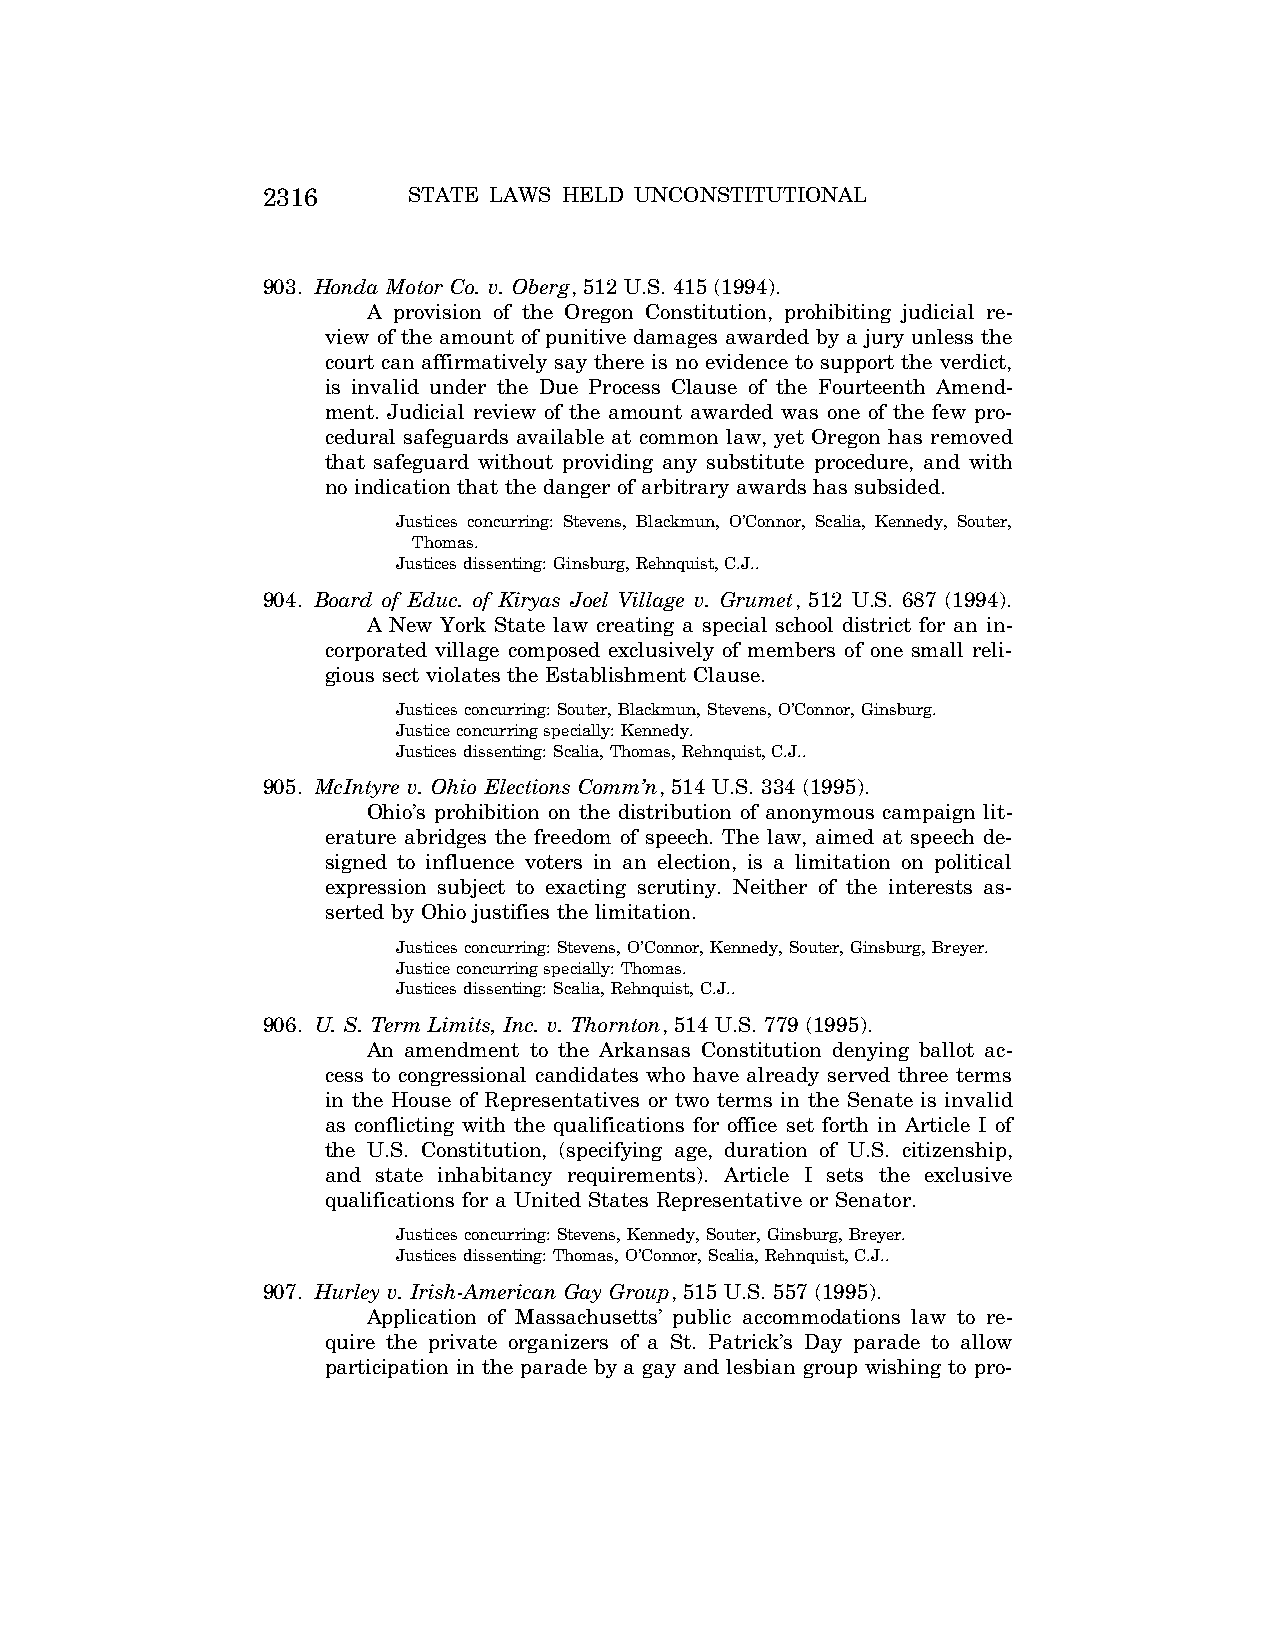
2316      STATE LAWS HELD UNCONSTITUTIONAL
 903. Honda Motor Co. v. Oberg, 512 U.S. 415 (1994).
 A provision of the Oregon Constitution, prohibiting judicial re-
 view of the amount of punitive damages awarded by a jury unless the
 court can affirmatively say there is no evidence to support the verdict,
 is invalid under the Due Process Clause of the Fourteenth Amend-
 ment. Judicial review of the amount awarded was one of the few pro-
 cedural safeguards available at common law, yet Oregon has removed
 that safeguard without providing any substitute procedure, and with
 no indication that the danger of arbitrary awards has subsided.
 Justices concurring: Stevens, Blackmun, O’Connor, Scalia, Kennedy, Souter,
 Thomas.
 Justices dissenting: Ginsburg, Rehnquist, C.J..
 904. Board of Educ. of Kiryas Joel Village v. Grumet, 512 U.S. 687 (1994).
 A New York State law creating a special school district for an in-
 corporated village composed exclusively of members of one small reli-
 gious sect violates the Establishment Clause.
 Justices concurring: Souter, Blackmun, Stevens, O’Connor, Ginsburg.
 Justice concurring specially: Kennedy.
 Justices dissenting: Scalia, Thomas, Rehnquist, C.J..
 905. McIntyre v. Ohio Elections Comm’n, 514 U.S. 334 (1995).
 Ohio’s prohibition on the distribution of anonymous campaign lit-
 erature abridges the freedom of speech. The law, aimed at speech de-
 signed to influence voters in an election, is a limitation on political
 expression subject to exacting scrutiny. Neither of the interests as-
 serted by Ohio justifies the limitation.
 Justices concurring: Stevens, O’Connor, Kennedy, Souter, Ginsburg, Breyer.
 Justice concurring specially: Thomas.
 Justices dissenting: Scalia, Rehnquist, C.J..
 906. U. S. Term Limits, Inc. v. Thornton, 514 U.S. 779 (1995).
 An amendment to the Arkansas Constitution denying ballot ac-
 cess to congressional candidates who have already served three terms
 in the House of Representatives or two terms in the Senate is invalid
 as conflicting with the qualifications for office set forth in Article I of
 the U.S. Constitution, (specifying age, duration of U.S. citizenship,
 and state inhabitancy requirements). Article I sets the exclusive
 qualifications for a United States Representative or Senator.
 Justices concurring: Stevens, Kennedy, Souter, Ginsburg, Breyer.
 Justices dissenting: Thomas, O’Connor, Scalia, Rehnquist, C.J..
 907. Hurley v. Irish-American Gay Group, 515 U.S. 557 (1995).
 Application of Massachusetts’ public accommodations law to re-
 quire the private organizers of a St. Patrick’s Day parade to allow
 participation in the parade by a gay and lesbian group wishing to pro-
 VerDate Aug<04>2004 12:57 Aug 23, 2004 Jkt 077500 PO 00000 Frm 00156 Fmt 8222 Sfmt 8222 C:\CONAN\CON064.SGM PRFM99 PsN: CON064